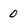
Character: 0